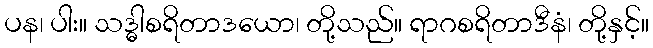
ပန၊ ပါး။ သဒ္ဓါစရိတာဒယော၊ တို့သည်။ ရာဂစရိတာဒီနံ၊ တို့နှင့်။